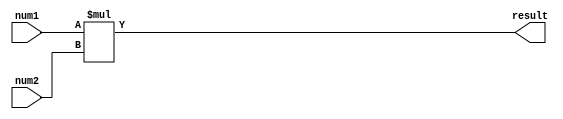
module BoothMultiplier(
    input [3:0] num1,
    input [3:0] num2,
    output reg [7:0] result
);

reg [3:0] booth_num1;
reg [3:0] booth_num2;
reg [8:0] multiplication_result;

always @ (num1, num2)
begin
    booth_num1 = {num1[3], num1};
    booth_num2 = {num2[3], num2};
end

always @ (booth_num1, booth_num2)
begin
    multiplication_result = booth_num1 * booth_num2;
end

always @ (multiplication_result)
begin
    result = multiplication_result[7:0];
end

endmodule